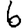
Digit: 6